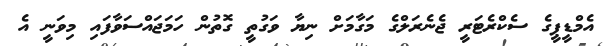
އެމްޑީޕީގެ ސެކްރެޓަރީ ޖެނެރަލްގެ މަގާމަށް ނިޔާ ވަގުތީ ގޮތުން ހަމަޖައްސަވާފައި މިވަނީ އެ